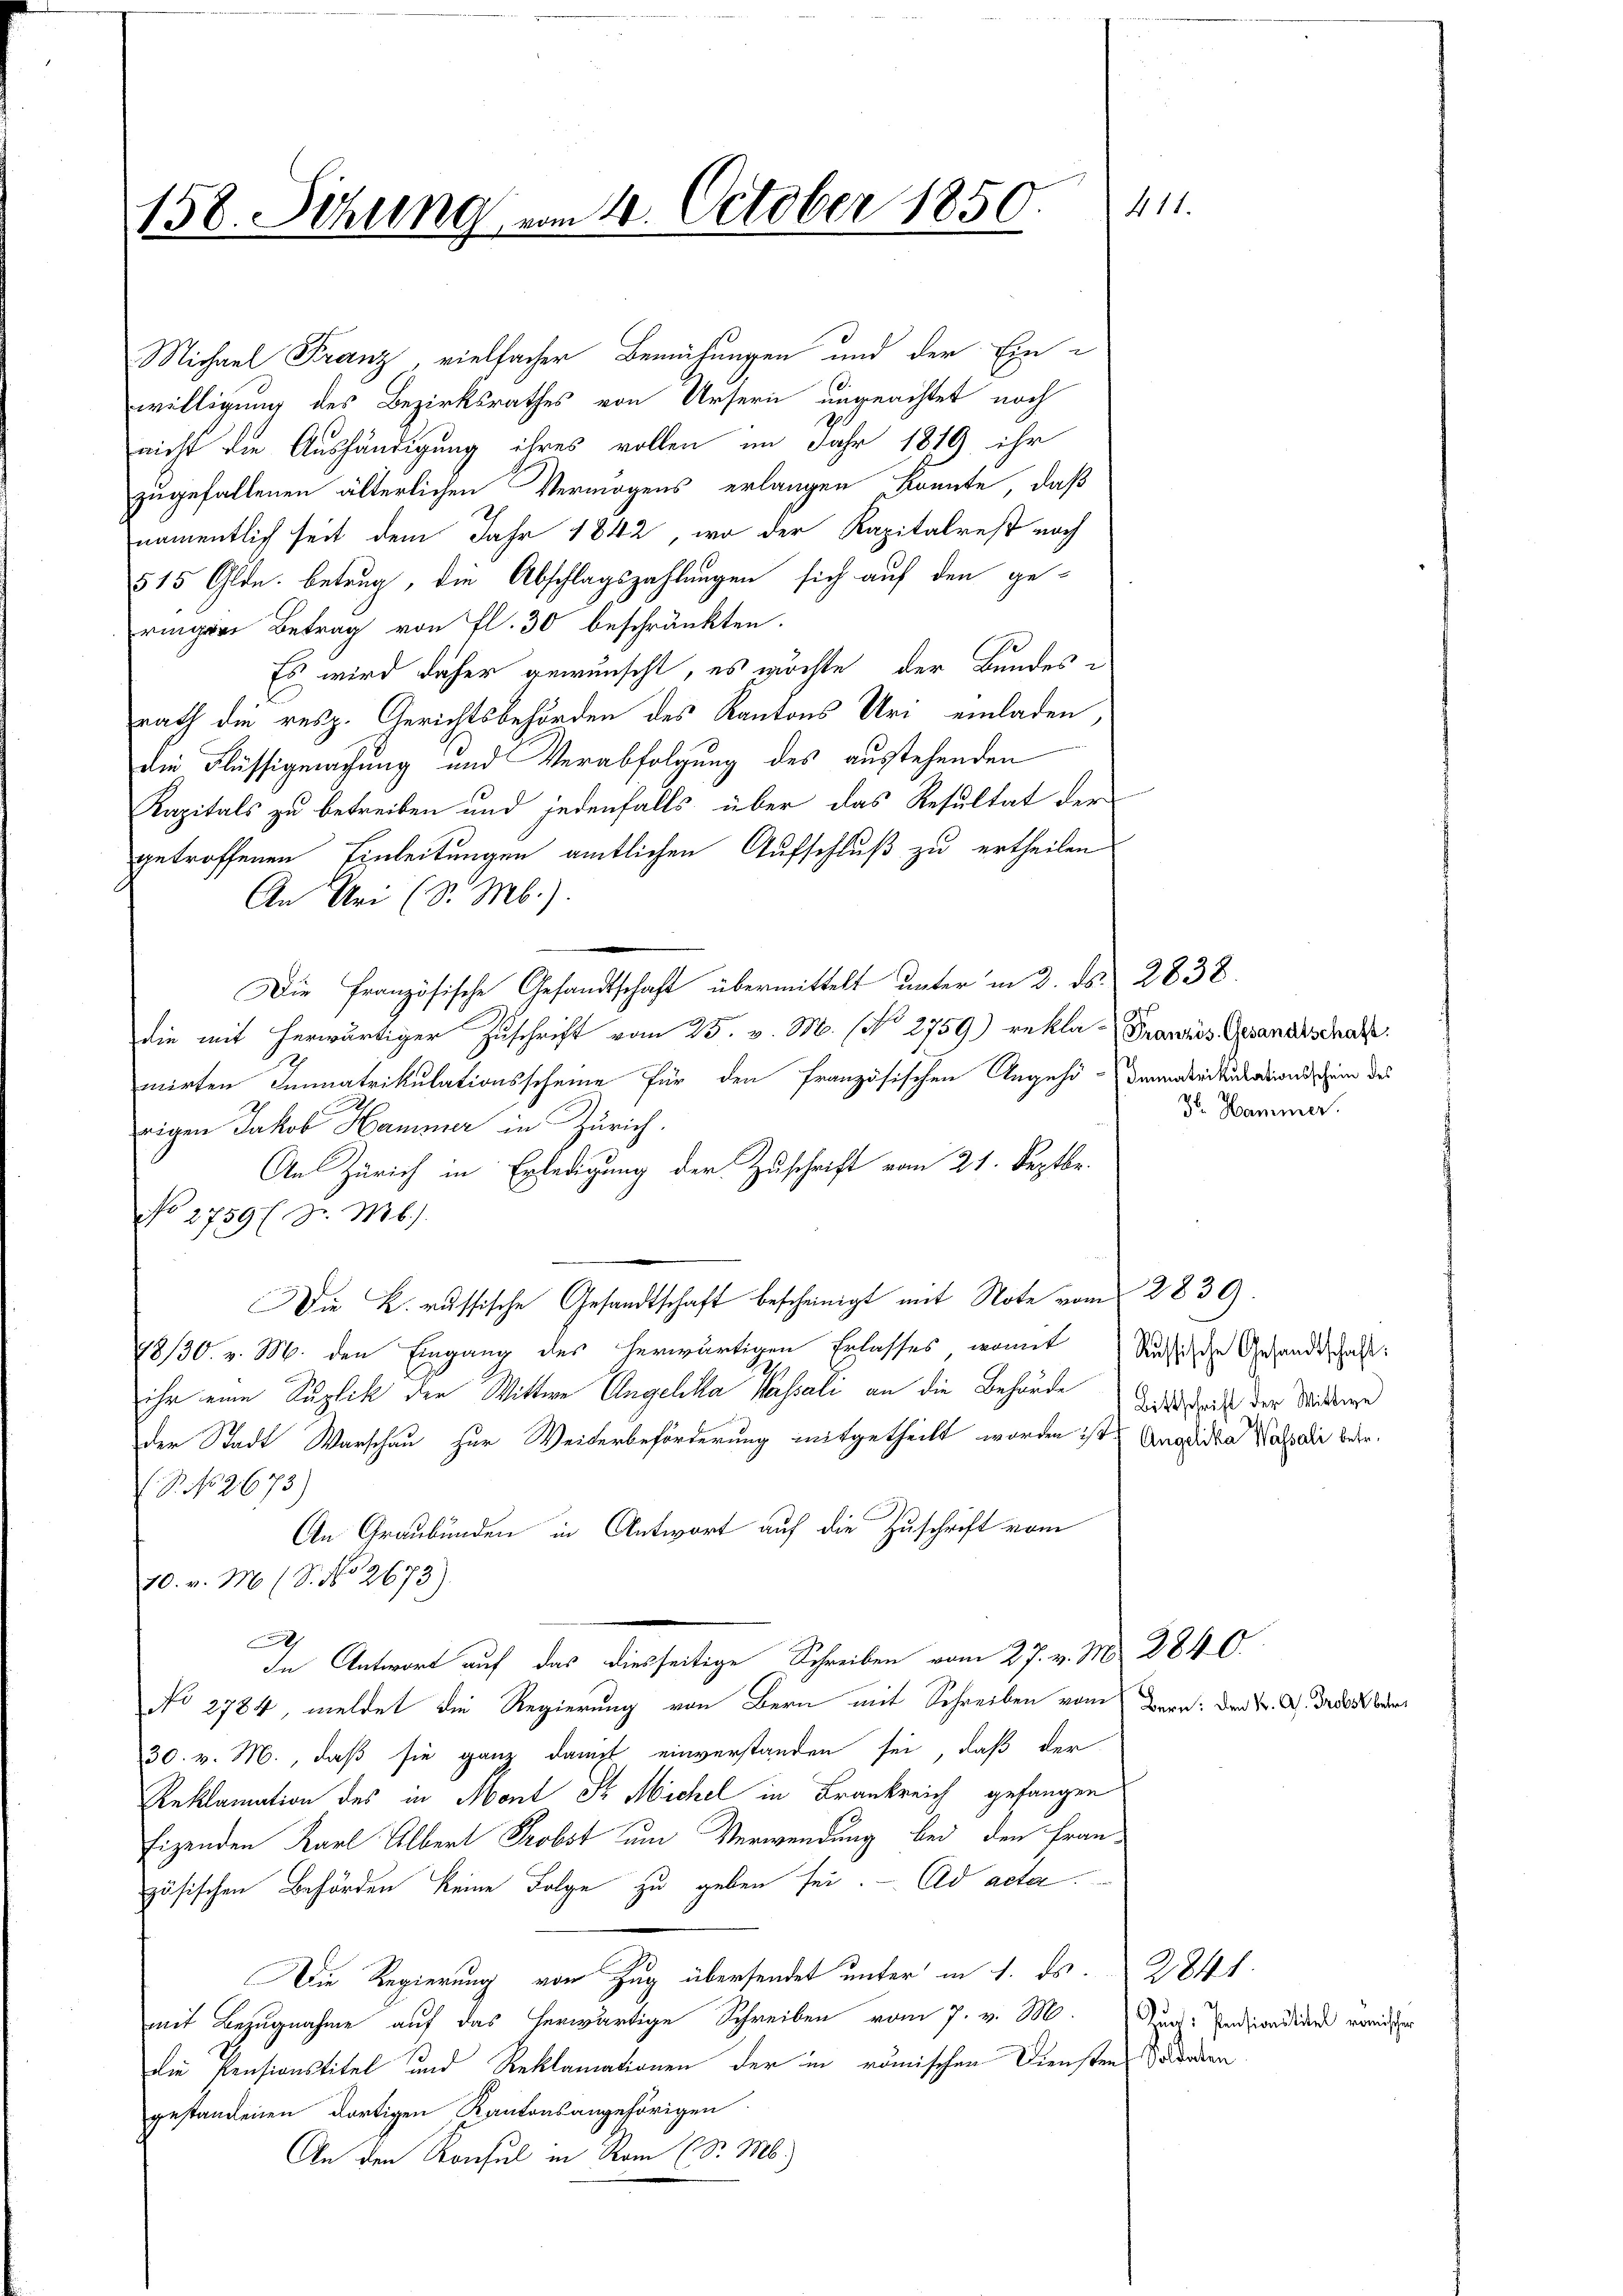
158. Sitzung vom 4. October 1850.

Michael Franz, vielfacher Bemühungen und der Einwilligung des Bezirksrathes von Ursern ungeachtet noch
nicht die Aushändigung ihres vollen im Jahr 1879 ihr
zugefallenen älterlichen Vermögens erlangen konnte, daß
namentlich seit dem Jahr 1842, wo der Kapitalrest nach
515 Olde. Betrug, die Abschlagszahlungen sich auf den ge-
ringer Betrag von fl. 30 beschränkten.
Es wird daher gewünscht, es möchte der Bundes-
rath die resp. Gerichtsbehörden des Kantons Uri einladen,
die Flüssigmachung und Verabfolgung des ausstehenden
Kapitals zu betreiben und jedenfalls über das Resultat der
getroffenen Einleitungen amtlichen Aufschluß zu ertheilen
An Uri (S. M.)
Die Französische Gesandtschaft übermittelt unter in 2. ds. 2838.
die mit herwärtiger Zuschrift vom 25. v. M. (N. 2759) rekla-Franzis Gesandtschaft.
mirten Immatrikulationsscheine für den Französischen Angehö-Denabrikariationsschein des
rigen Jakob Hammer in Zürich.
An Zürich in Erledigung der Zuschrift vom 21. Septbr.
No 2759 (Dr. Mb).
e
Die L. russische Gesandtschaft bescheinigt mit Note vom 2839.
78/30. v. M. den Eingang des herwärtigen Erlasses, womit Siche Gesandtschaft
ihr eine Suplik der Wittwe Angelika Kassali an die Behörde Dich der Wittwe
der Stadt Warschau zur Weiterbeförderung mitgetheilt worden ist Angrida Wassati beer¬
S. No 2673)
An Graubünden in Antwort auf die Zuschrift vom
10. v. M. (S. No 2673).
h
In Antwort auf das diesseitige Schreiben vom 27. v. M. 2840.
No 2784, meldet die Regierung von Bern mit Schreiben vom Bern: den K. A. Gross be¬
30. v. M., daß sie ganz damit einverstanden sei, daß der
Reklamation des in Mont St. Michel in Frankreich gefangen
Eigenden Karl Albert Probst um Verwendung bei den Französischen Behörden keine Folge zu geben sei. Ad acta
Die Regierung von Zug übersendet unter in 1. ds. 2841.
mit Bezugnahme auf das herwärtige Schreiben vom 7. v. M. Zucht Endzioadider vorister
Die Pensionstitel und Reklamationen der in römischen Diensten Sadden
gestandenen dortigen Kantonsangehörigen
An den Konsul in Rom (S. M.)

41

Dr. Hammer.